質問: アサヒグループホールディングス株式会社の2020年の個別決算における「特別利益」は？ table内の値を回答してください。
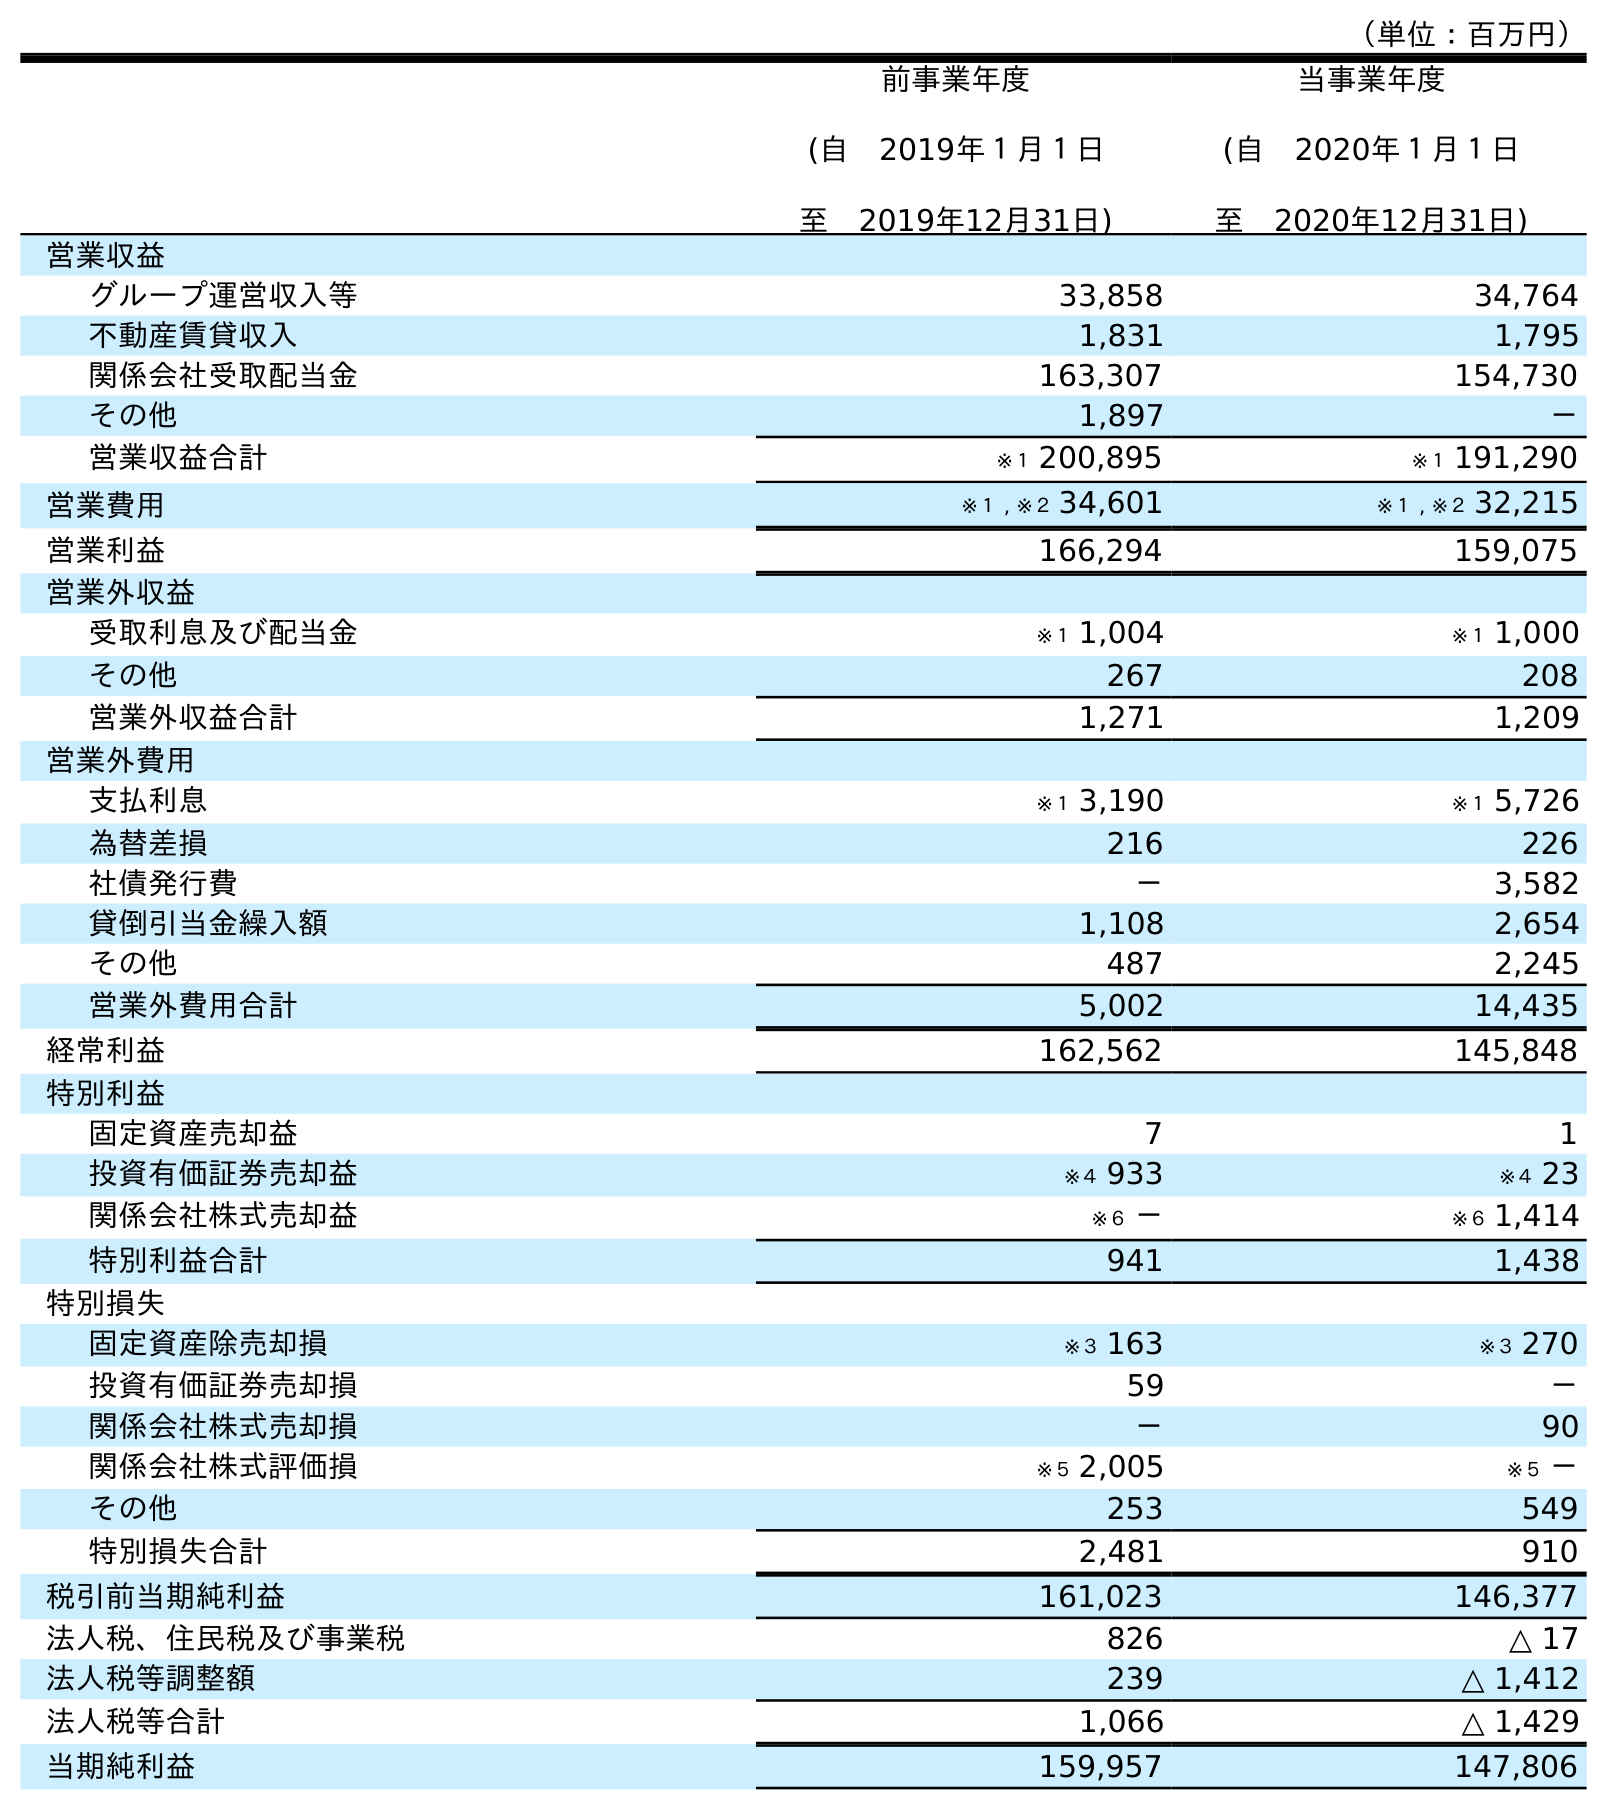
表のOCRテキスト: （単位：百万円） 前事業年度 (自 2019年１月１日 至 2019年12月31日) 当事業年度 (自 2020年１月１日 至 2020年12月31日) 営業収益 グループ運営収入等 33,858 34,764 不動産賃貸収入 1,831 1,795 関係会社受取配当金 163,307 154,730 その他 1,897 － 営業収益合計 ※１ 200,895 ※１ 191,290 営業費用 ※１ , ※２ 34,601 ※１ , ※２ 32,215 営業利益 166,294 159,075 営業外収益 受取利息及び配当金 ※１ 1,004 ※１ 1,000 その他 267 208 営業外収益合計 1,271 1,209 営業外費用 支払利息 ※１ 3,190 ※１ 5,726 為替差損 216 226 社債発行費 － 3,582 貸倒引当金繰入額 1,108 2,654 その他 487 2,245 営業外費用合計 5,002 14,435 経常利益 162,562 145,848 特別利益 固定資産売却益 7 1 投資有価証券売却益 ※４ 933 ※４ 23 関係会社株式売却益 ※６ － ※６ 1,414 特別利益合計 941 1,438 特別損失 固定資産除売却損 ※３ 163 ※３ 270 投資有価証券売却損 59 － 関係会社株式売却損 － 90 関係会社株式評価損 ※５ 2,005 ※５ － その他 253 549 特別損失合計 2,481 910 税引前当期純利益 161,023 146,377 法人税、住民税及び事業税 826 △ 17 法人税等調整額 239 △ 1,412 法人税等合計 1,066 △ 1,429 当期純利益 159,957 147,806
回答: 1,438